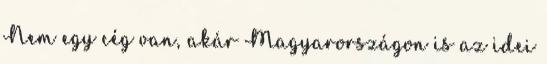
Nem egy cég van, akár Magyarországon is az idei